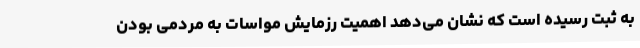
به ثبت رسیده است که نشان می‌دهد اهمیت رزمایش مواسات به مردمی بودن